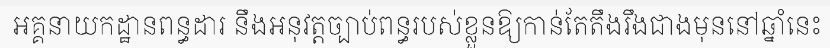
អគ្គនាយកដ្ឋានពន្ធដារ នឹងអនុវត្តច្បាប់ពន្ធរបស់ខ្លួនឱ្យកាន់តែតឹងរឹងជាងមុននៅឆ្នាំនេះ